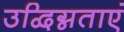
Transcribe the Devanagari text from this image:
उद्विग्नताएं